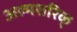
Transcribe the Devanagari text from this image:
अल्मशरिक्